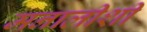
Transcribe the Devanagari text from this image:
मनालीशी